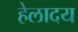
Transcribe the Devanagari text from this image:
हेलादय